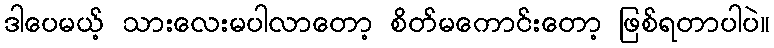
ဒါပေမယ့် သားလေးမပါလာတော့ စိတ်မကောင်းတော့ ဖြစ်ရတာပါပဲ။